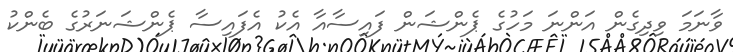
ވާނަމަ ވިދިގެން އަންނަ މަހުގެ ޕެންޝަން ފައިސާއާ އެކު އެފައިސާ ޕެންޝަނަރުގެ ބެންކު